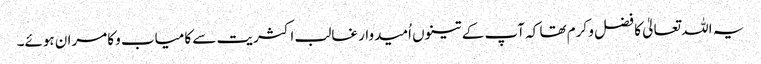
یہ اللہ تعالیٰ کا فضل و کرم تھا کہ آپ کے تینوں اُمیدوار غالب اکثریت سے کامیاب و کامران ہوئے۔